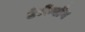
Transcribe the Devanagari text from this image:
टेमेंग्गाँग